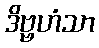
ဒိဗ္ဗဟံသာ